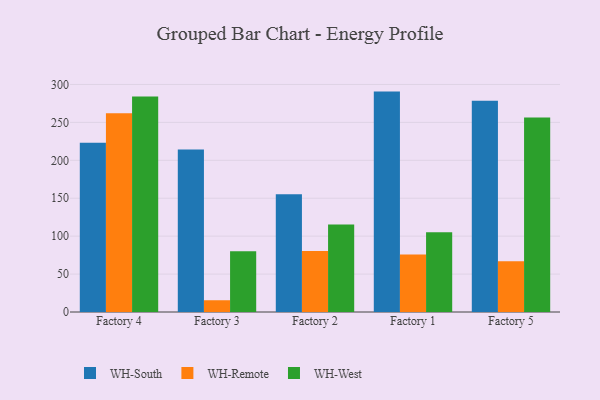
{"axis": {"x": "Factory", "y": "Net Income (USD K)"}, "legend": ["WH-Remote", "WH-South", "WH-West"], "data": [{"x": "Factory 4", "y": 223.1, "type": "WH-South"}, {"x": "Factory 4", "y": 262.2, "type": "WH-Remote"}, {"x": "Factory 4", "y": 284.0, "type": "WH-West"}, {"x": "Factory 3", "y": 214.4, "type": "WH-South"}, {"x": "Factory 3", "y": 15.5, "type": "WH-Remote"}, {"x": "Factory 3", "y": 80.2, "type": "WH-West"}, {"x": "Factory 2", "y": 155.4, "type": "WH-South"}, {"x": "Factory 2", "y": 80.4, "type": "WH-Remote"}, {"x": "Factory 2", "y": 115.4, "type": "WH-West"}, {"x": "Factory 1", "y": 290.6, "type": "WH-South"}, {"x": "Factory 1", "y": 75.9, "type": "WH-Remote"}, {"x": "Factory 1", "y": 105.1, "type": "WH-West"}, {"x": "Factory 5", "y": 278.7, "type": "WH-South"}, {"x": "Factory 5", "y": 67.0, "type": "WH-Remote"}, {"x": "Factory 5", "y": 256.5, "type": "WH-West"}]}